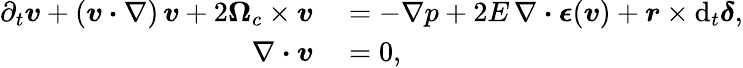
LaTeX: \begin{array}{rl}{\partial_{t}\boldsymbol{v}+(\boldsymbol{v}\boldsymbol{\cdot}\nabla)\, \boldsymbol{v}+2\boldsymbol{\Omega}_{c}\times\boldsymbol{v}}&{{}=-\nabla p+2E\, \nabla\boldsymbol{\cdot}\boldsymbol{\epsilon}(\boldsymbol{v})+\boldsymbol{r}\times\mathrm{d}_{t}\boldsymbol{\delta},}\\ {\nabla\boldsymbol{\cdot}\boldsymbol{v}}&{{}=0,}\end{array}